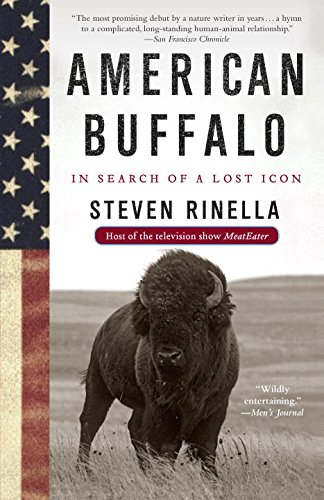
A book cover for American Buffalo: In Search of a Lost Icon; Steven Rinella; Science & Math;